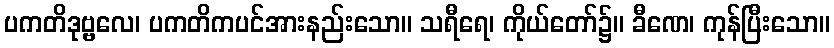
ပကတိဒုဗ္ဗလေ၊ ပကတိကပင်အားနည်းသော။ သရီရေ၊ ကိုယ်တော်၌။ ခီဏေ၊ ကုန်ပြီးသော။